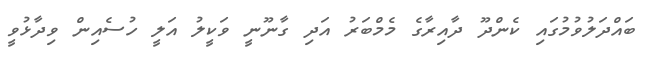
ބައްދަލުވުމުގައި ކެންދޫ ދާއިރާގެ މެމްބަރު އަދި ގާނޫނީ ވަކީލު އަލީ ހުސެއިން ވިދާޅުވީ